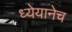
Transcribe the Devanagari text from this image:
ध्येयानेच